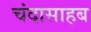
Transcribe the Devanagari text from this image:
चंदासाहब